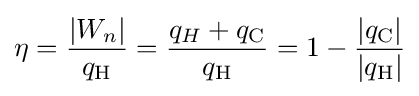
\eta ={\frac {|W_{n}|}{q_{\text{H}}}}={\frac {q_{H}+q_{\text{C}}}{q_{\text{H}}}}=1-{\frac {|q_{\text{C}}|}{|q_{\text{H}}|}}